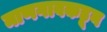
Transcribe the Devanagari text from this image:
माणगावकडून